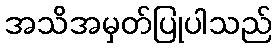
အသိအမှတ်ပြုပါသည်